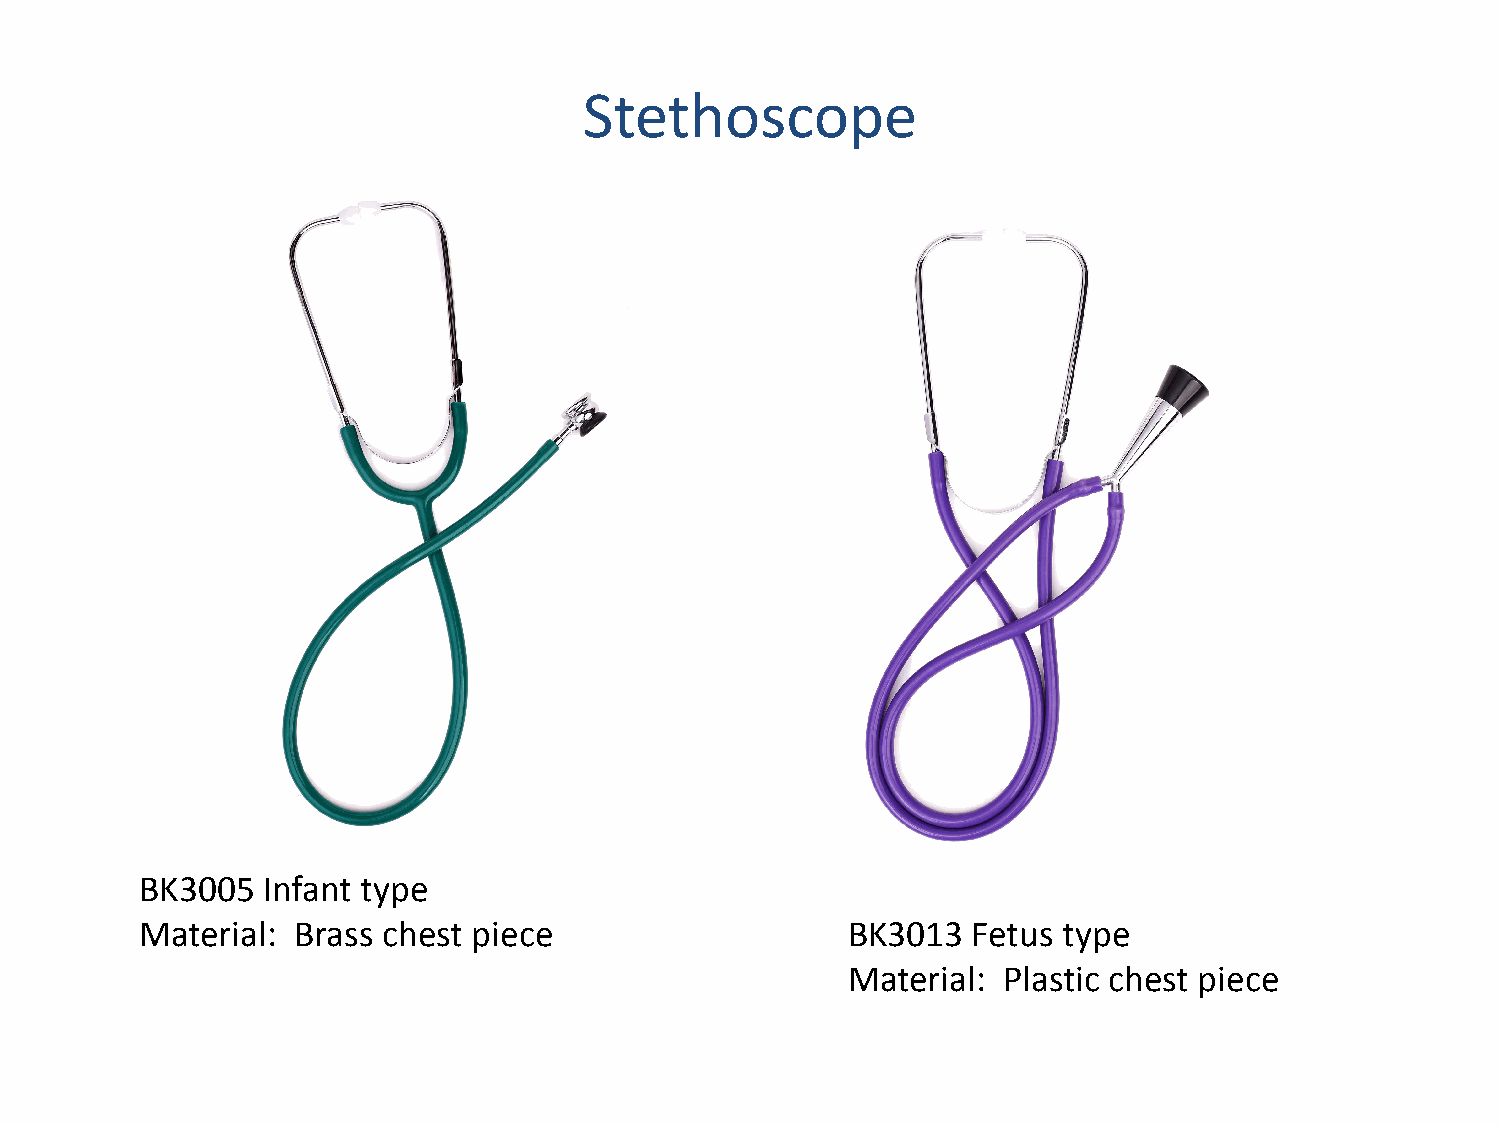
Stethoscope
 BK3005  Infant type
 Material:  Brass chest piece                   BK3013  Fetus type
 Material: Plastic chest piece